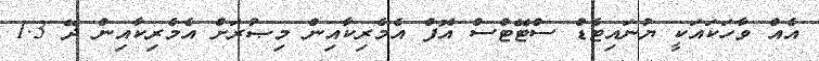
އެއް ވާހަކައަކީ ޔުނައިޓެޑް ސްޓޭޓްސް އޮފް އެމެރިކާއިން މިޞުރަށް އެމެރިކާއިން ދޭ 1.3